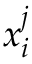
x _ { i } ^ { j }